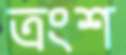
ত্রংশ